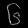
Digit: ၆